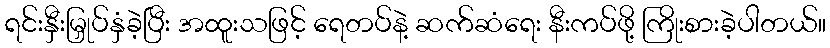
ရင်းနှီးမြှုပ်နှံခဲ့ပြီး အထူးသဖြင့် ရေတပ်နဲ့ ဆက်ဆံရေး နီးကပ်ဖို့ ကြိုးစားခဲ့ပါတယ်။